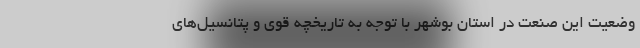
وضعیت این صنعت در استان بوشهر با توجه به تاریخچه قوی و پتانسیل‌­های